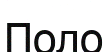
Поло